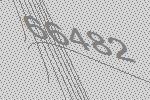
66482